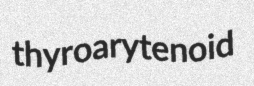
thyroarytenoid